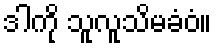
ဒါကို သူလူသိမခံဝံ။